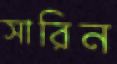
সারিন